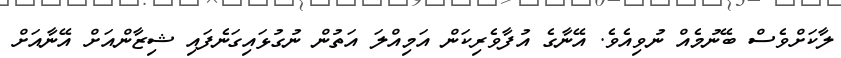
ލާކަށްވެސް ބޭނުމެއް ނުވިއެވެ. އޭނާގެ އުފާވެރިކަން އަމިއްލަ އަތުން ނުގުޅައިގަނެފައި ޝިޒާންއަށް އޭނާއަށް